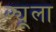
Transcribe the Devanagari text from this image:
फ्यूला